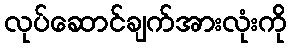
လုပ်ဆောင်ချက်အားလုံးကို